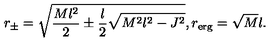
r _ { \pm } = \sqrt { \frac { M l ^ { 2 } } { 2 } \pm \frac { l } { 2 } \sqrt { M ^ { 2 } l ^ { 2 } - J ^ { 2 } } } , r _ { \mathrm { e r g } } = \sqrt { M } l .